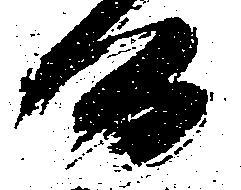
候